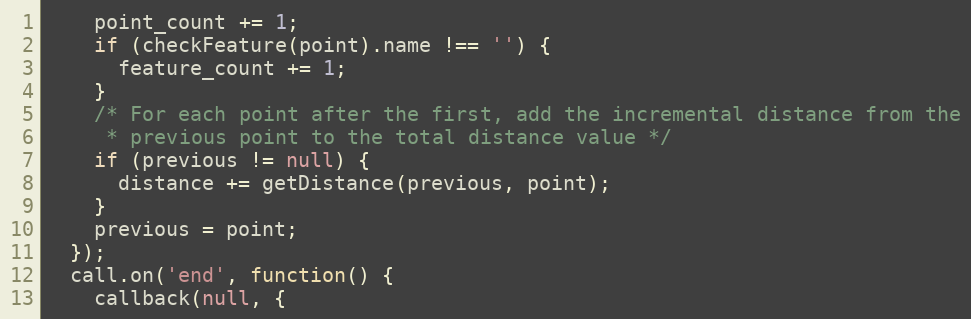
Language: JavaScript
    point_count += 1;
    if (checkFeature(point).name !== '') {
      feature_count += 1;
    }
    /* For each point after the first, add the incremental distance from the
     * previous point to the total distance value */
    if (previous != null) {
      distance += getDistance(previous, point);
    }
    previous = point;
  });
  call.on('end', function() {
    callback(null, {